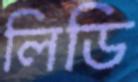
লিডি